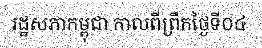
រដ្ឋសភាកម្ពុជា កាលពីព្រឹកថ្ងៃទី០៤